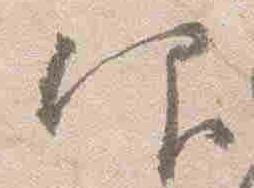
仰